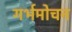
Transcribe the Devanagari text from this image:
गर्भमोचन